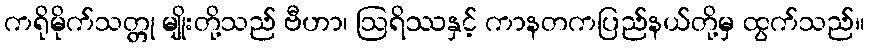
ကရိုမိုက်သတ္တု မျိုးတို့သည် ဗီဟာ၊ ဩရိဿနှင့် ကာနတကပြည်နယ်တို့မှ ထွက်သည်။